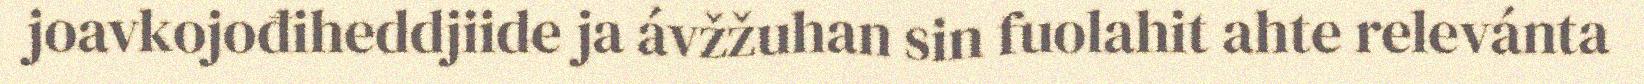
joavkojođiheddjiide ja ávžžuhan sin fuolahit ahte relevánta